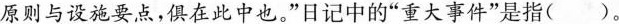
原则与设施要点，俱在此中也。”日记中的“重大事件”是指( )。